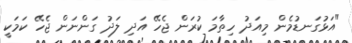
"އަޅުގަނޑުމެން މިއަދު ހިތާމަ ކުރަން ޖެހޭ އަދި ލަދު ގަންނަން ޖެހޭ ކަމަކީ